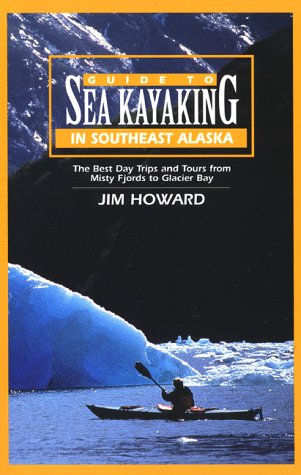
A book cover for Guide to Sea Kayaking in Southeast Alaska: The Best Dya Trips and Tours from Misty Fjords to Glacier Bay (Regional Sea Kayaking Series); James Howard; Sports & Outdoors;